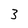
Character: 3